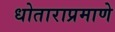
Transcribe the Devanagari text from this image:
धोताराप्रमाणे